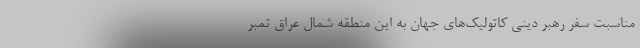
مناسبت سفر رهبر دینی کاتولیک‌های جهان به این منطقه شمال عراق تمبر